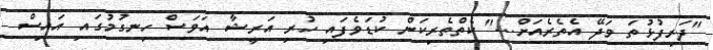
"ދަރިފުޅުތަ ވަދޭ އެތެރެއަށް..." ކެތްތެރިކަން ކުޑަވެފައި ހުރި އަރީޝާ އަވަސް ހިނގުމުގައި އައިސް